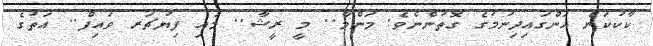
ކާކުކަން އަންގައިދިނުމުގެ ގޮތުންނެވެ. މަންމާ.. މީ ރީޝާ.. މައި ފިޔުޗަރ ވައިފް.. އަތުގެ